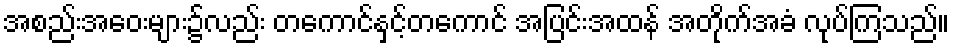
အစည်းအဝေးများ၌လည်း တကောင်နှင့်တကောင် အပြင်းအထန် အတိုက်အခံ လုပ်ကြသည်။